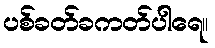
ပစ်ခတ်ခကတ်ပါရေ။